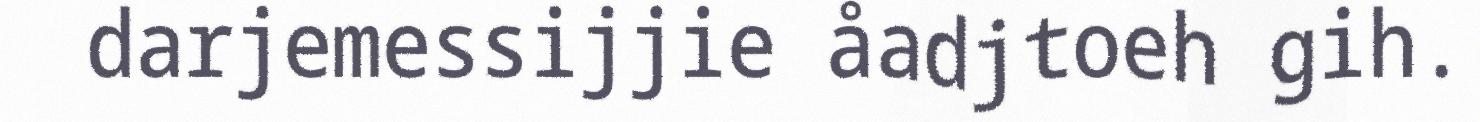
darjemessijjie åadjtoeh gih.